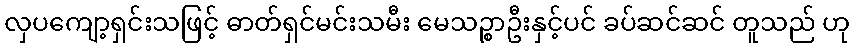
လှပကျော့ရှင်းသဖြင့် ဓာတ်ရှင်မင်းသမီး မေသဉ္စာဦးနှင့်ပင် ခပ်ဆင်ဆင် တူသည် ဟု